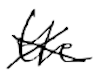
Text: the
Cross-out: cross
Writing tool: digital_black